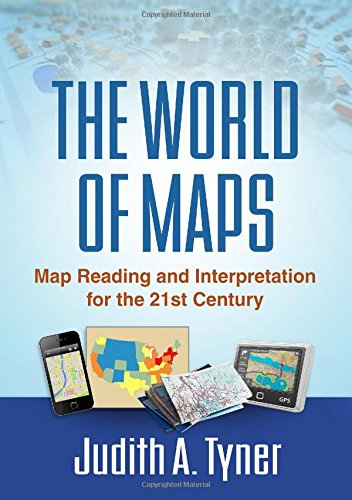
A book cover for The World of Maps: Map Reading and Interpretation for the 21st Century; Judith A. Tyner PhD; Science & Math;